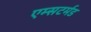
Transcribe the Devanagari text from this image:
एम्सटर्मड